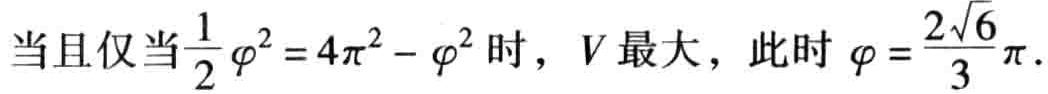
当且仅当$\frac{1}{2} \varphi^{2}=4 \pi^{2}-\varphi^{2}$时，$V$最大，此时$\varphi=\frac{2 \sqrt{6}}{3} \pi$.